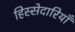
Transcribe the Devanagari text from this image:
हिस्सेदारियाँ